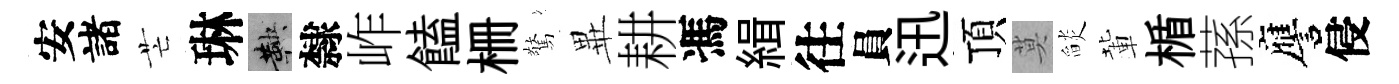
安諸芒琳鞅隸岞饁栅驚𭺾耕馮緝往員迅頂莫𦦨輩楯蓀譍侵